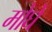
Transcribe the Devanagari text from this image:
मोघें